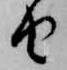
由